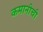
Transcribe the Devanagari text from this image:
कमानीची